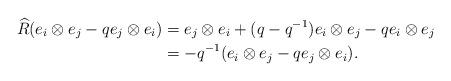
LaTeX: \begin{align*}\widehat{R}(e_{i} \otimes e_{j} - q e_{j} \otimes e_{i})& = e_{j} \otimes e_{i} + (q - q^{-1}) e_{i} \otimes e_{j} - q e_{i} \otimes e_{j}\\& = -q^{-1} (e_{i} \otimes e_{j} - q e_{j} \otimes e_{i}).\end{align*}